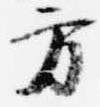
方